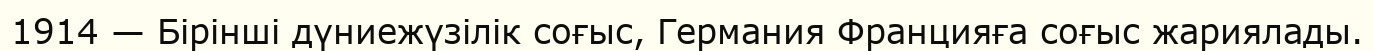
1914 — Бірінші дүниежүзілік соғыс, Германия Францияға соғыс жариялады.